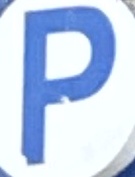
P